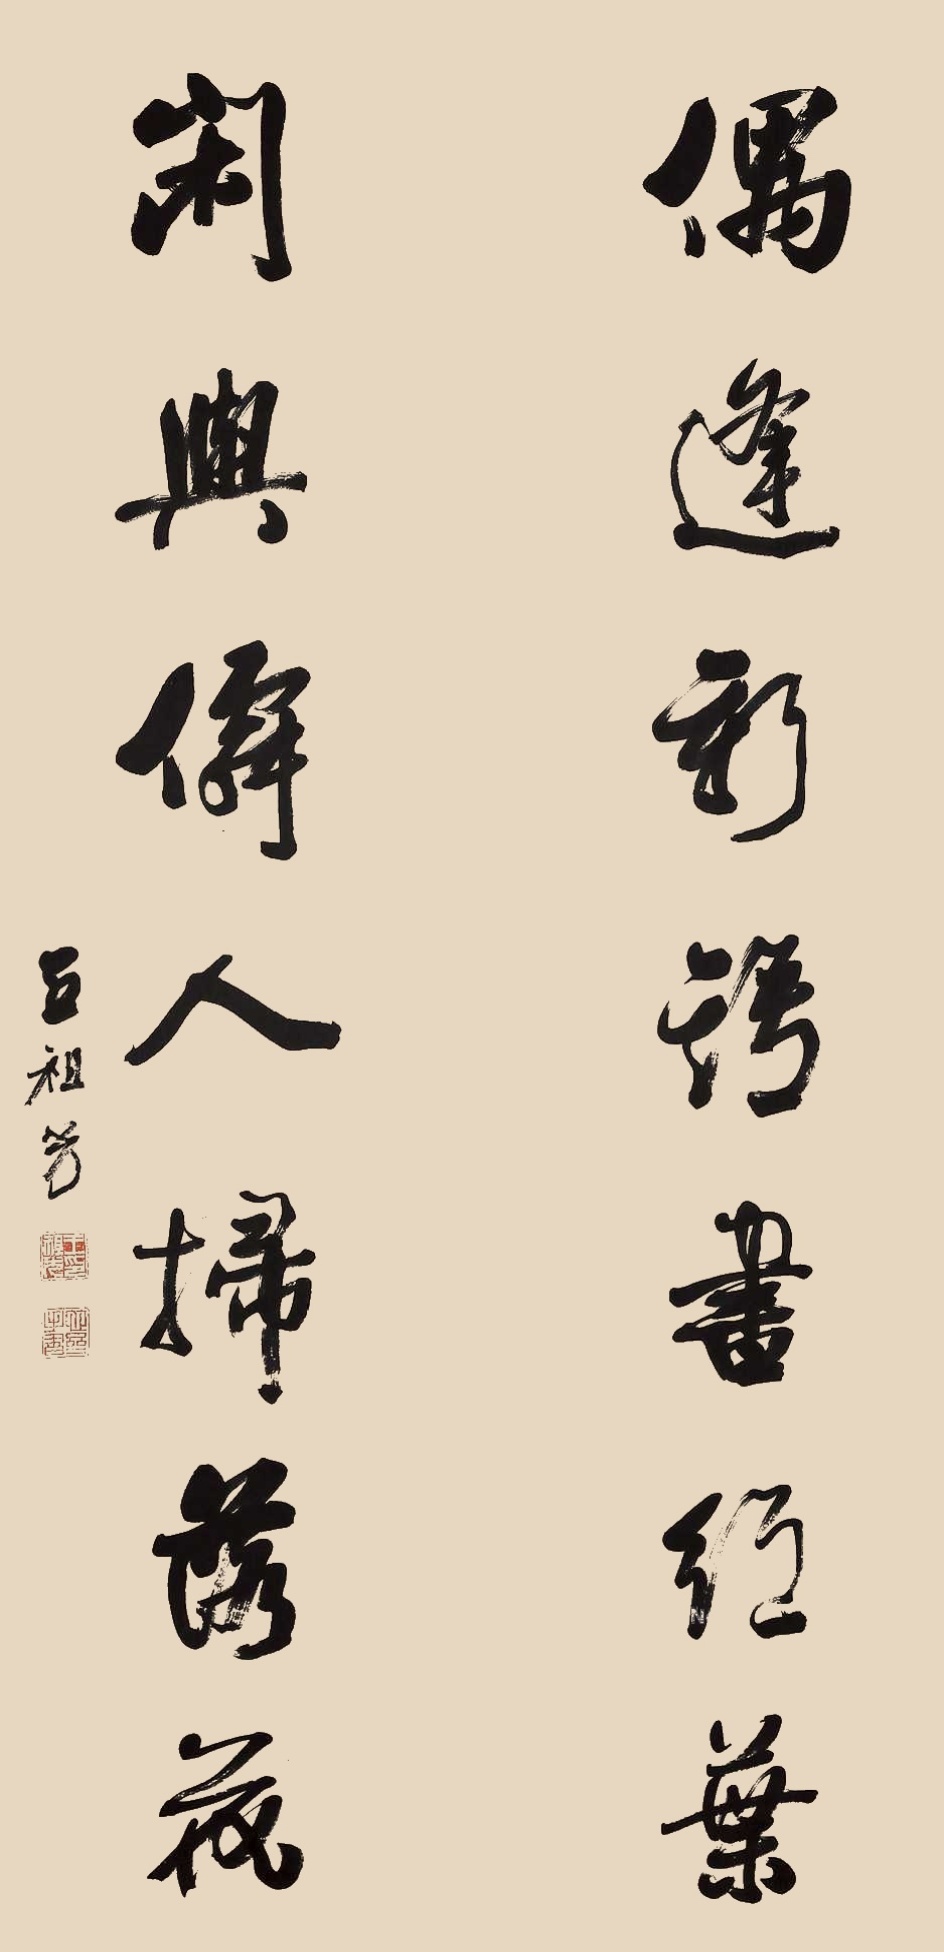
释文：偶逢新语书红叶闲与仙人扫落花。王祖光。